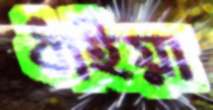
ধাইয়া